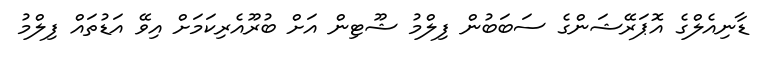
ޑާނިއެލްގެ އޮޕަރޭޝަންގެ ސަބަބުން ފިލްމު ޝޫޓިން އަށް ބުރޫއެރިކަމަށް އިވޭ އަޑުތައް ފިލްމު